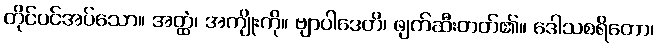
တိုင်ပင်အပ်သော။ အတ္ထံ၊ အကျိုးကို။ ဗျာပါဒေတိ၊ ဖျက်ဆီးတတ်၏။ ဒေါသစရိတော၊